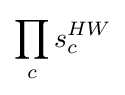
\prod _{c}s_{c}^{HW}